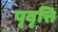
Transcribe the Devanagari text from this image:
पृवृत्ति